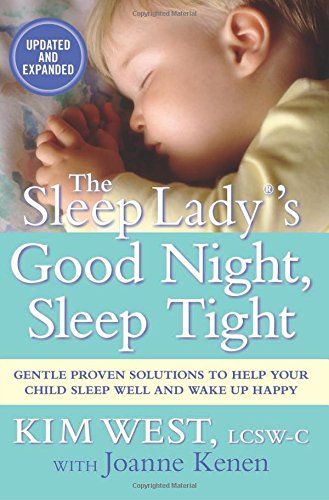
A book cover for The Sleep LadyÂ®EEs Good Night, Sleep Tight: Gentle Proven Solutions to Help Your Child Sleep Well and Wake Up Happy; Kim West; Mystery, Thriller & Suspense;